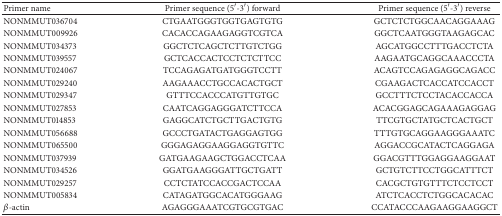
<table><thead><tr><td><b>Primer name</b></td><td><b>Primer sequence (5′-3′) forward</b></td><td><b>Primer sequence (5′-3′) reverse</b></td></tr></thead><tbody><tr><td>NONMMUT036704</td><td>CTGAATGGGTGGTGAGTGTG</td><td>GCTCTCTGGCAACAGGAAAG</td></tr><tr><td>NONMMUT009926</td><td>CACACCAGAAGAGGTCGTCA</td><td>GGCTCAATGGGTAAGAGCAC</td></tr><tr><td>NONMMUT034373</td><td>GGCTCTCAGCTCTTGTCTGG</td><td>AGCATGGCCTTTGACCTCTA</td></tr><tr><td>NONMMUT039557</td><td>GCTCACCACTCCTCTCTTCC</td><td>AAGAATGCAGGCAAACCCTA</td></tr><tr><td>NONMMUT024067</td><td>TCCAGAGATGATGGGTCCTT</td><td>ACAGTCCAGAGAGGCAGACC</td></tr><tr><td>NONMMUT029240</td><td>AAGAAACCTGCCACACTGCT</td><td>CGAAGACTCACCATCCACCT</td></tr><tr><td>NONMMUT029347</td><td>GTTTCCACCCATGTTGTGC</td><td>GCCTTTCTCCTACACCACCA</td></tr><tr><td>NONMMUT027853</td><td>CAATCAGGAGGGATCTTCCA</td><td>ACACGGAGCAGAAAGAGGAG</td></tr><tr><td>NONMMUT014853</td><td>GAGGCATCTGCTTGACTGTG</td><td>TTCGTGCTATGCTCACTGCT</td></tr><tr><td>NONMMUT056688</td><td>GCCCTGATACTGAGGAGTGG</td><td>TTTGTGCAGGAAGGGAAATC</td></tr><tr><td>NONMMUT065500</td><td>GGGAGAGGAAGGAGGTGTTC</td><td>AGGACCGCATACTCAGGAGA</td></tr><tr><td>NONMMUT037939</td><td>GATGAAGAAGCTGGACCTCAA</td><td>GGACGTTTGGAGGAAGGAAT</td></tr><tr><td>NONMMUT034526</td><td>GGATGAAGGGATTGCTGATT</td><td>GCTGTCTTCCTGGCATTTCT</td></tr><tr><td>NONMMUT029257</td><td>CCTCTATCCACCGACTCCAA</td><td>CACGCTGTGTTTCTCCTCCT</td></tr><tr><td>NONMMUT005834</td><td>CATAGATGGCACATGGGAAG</td><td>ATCTCACCTCTGGCACACAC</td></tr><tr><td><i>β</i>-actin</td><td>AGAGGGAAATCGTGCGTGAC</td><td>CCATACCCAAGAAGGAAGGCT</td></tr></tbody></table>